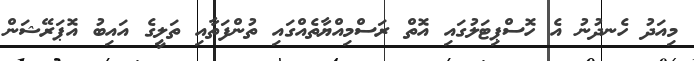
މިއަދު ހެނދުނު އެ ހޮސްޕިޓަލުގައި އޮތް ރަސްމިއްޔާތެއްގައި ތުންފަތާއި ތަލީގެ އައިބު އޮޕަރޭޝަން